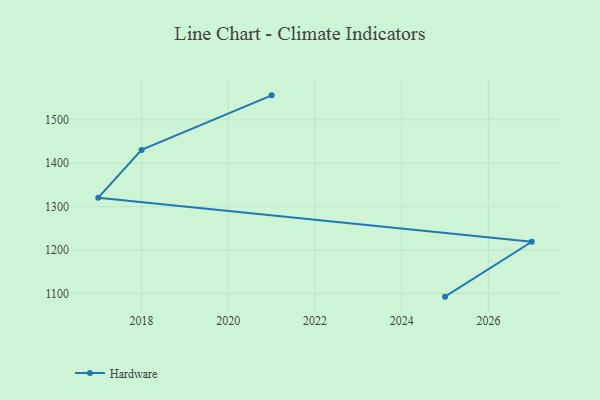
{"axis": {"x": "Year", "y": "Market Share (%)"}, "legend": ["Hardware"], "data": [{"x": "2025", "y": 1092.4, "type": "Hardware"}, {"x": "2027", "y": 1219.0, "type": "Hardware"}, {"x": "2017", "y": 1320.5, "type": "Hardware"}, {"x": "2018", "y": 1430.7, "type": "Hardware"}, {"x": "2021", "y": 1556.4, "type": "Hardware"}]}